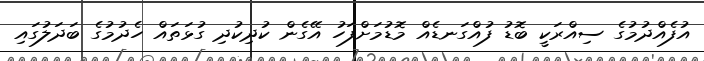
އުފެއްދުމުގެ ސިއްރަކީ ބޮޑު ފުއްގަނޑެއް މޮޑުމަށްފަހު އޭގެން ކުދިކުދި ގުޅަތައް ހެދުމުގެ ބަދަލުގައި